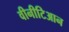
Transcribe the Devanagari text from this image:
वीनीटिआन